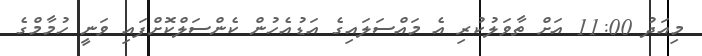
މިއަދު 11:00 އަށް ތާވަލުކުރި އެ މައްސަލައިގެ އަޑުއެހުން ކެންސަލްކޮށްފައި ވަނީ ހުމާމްގެ